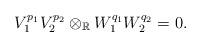
LaTeX: \begin{align*}V^{p_1}_1V_2^{p_2} \otimes_\mathbb{R} W_1^{q_1}W_2^{q_2} =0.\end{align*}